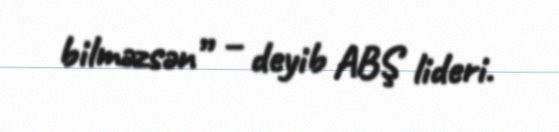
bilməzsən” – deyib ABŞ lideri.